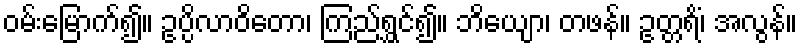
ဝမ်းမြောက်၍။ ဥပ္ပိလာဝိတော၊ ကြည်ရွှင်၍။ ဘိယျော၊ တဖန်။ ဥတ္တရိံ၊ အလွန်။